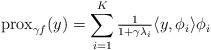
LaTeX: \begin{align*}&{\rm{prox}}_{\gamma f}(y)=\sum_{i=1}^K\tfrac{1}{1+\gamma\lambda_i}\langle y,\phi_i\rangle\phi_i\end{align*}